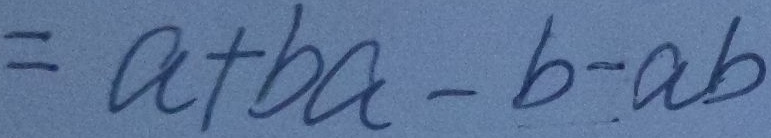
= a + b a - b - a b